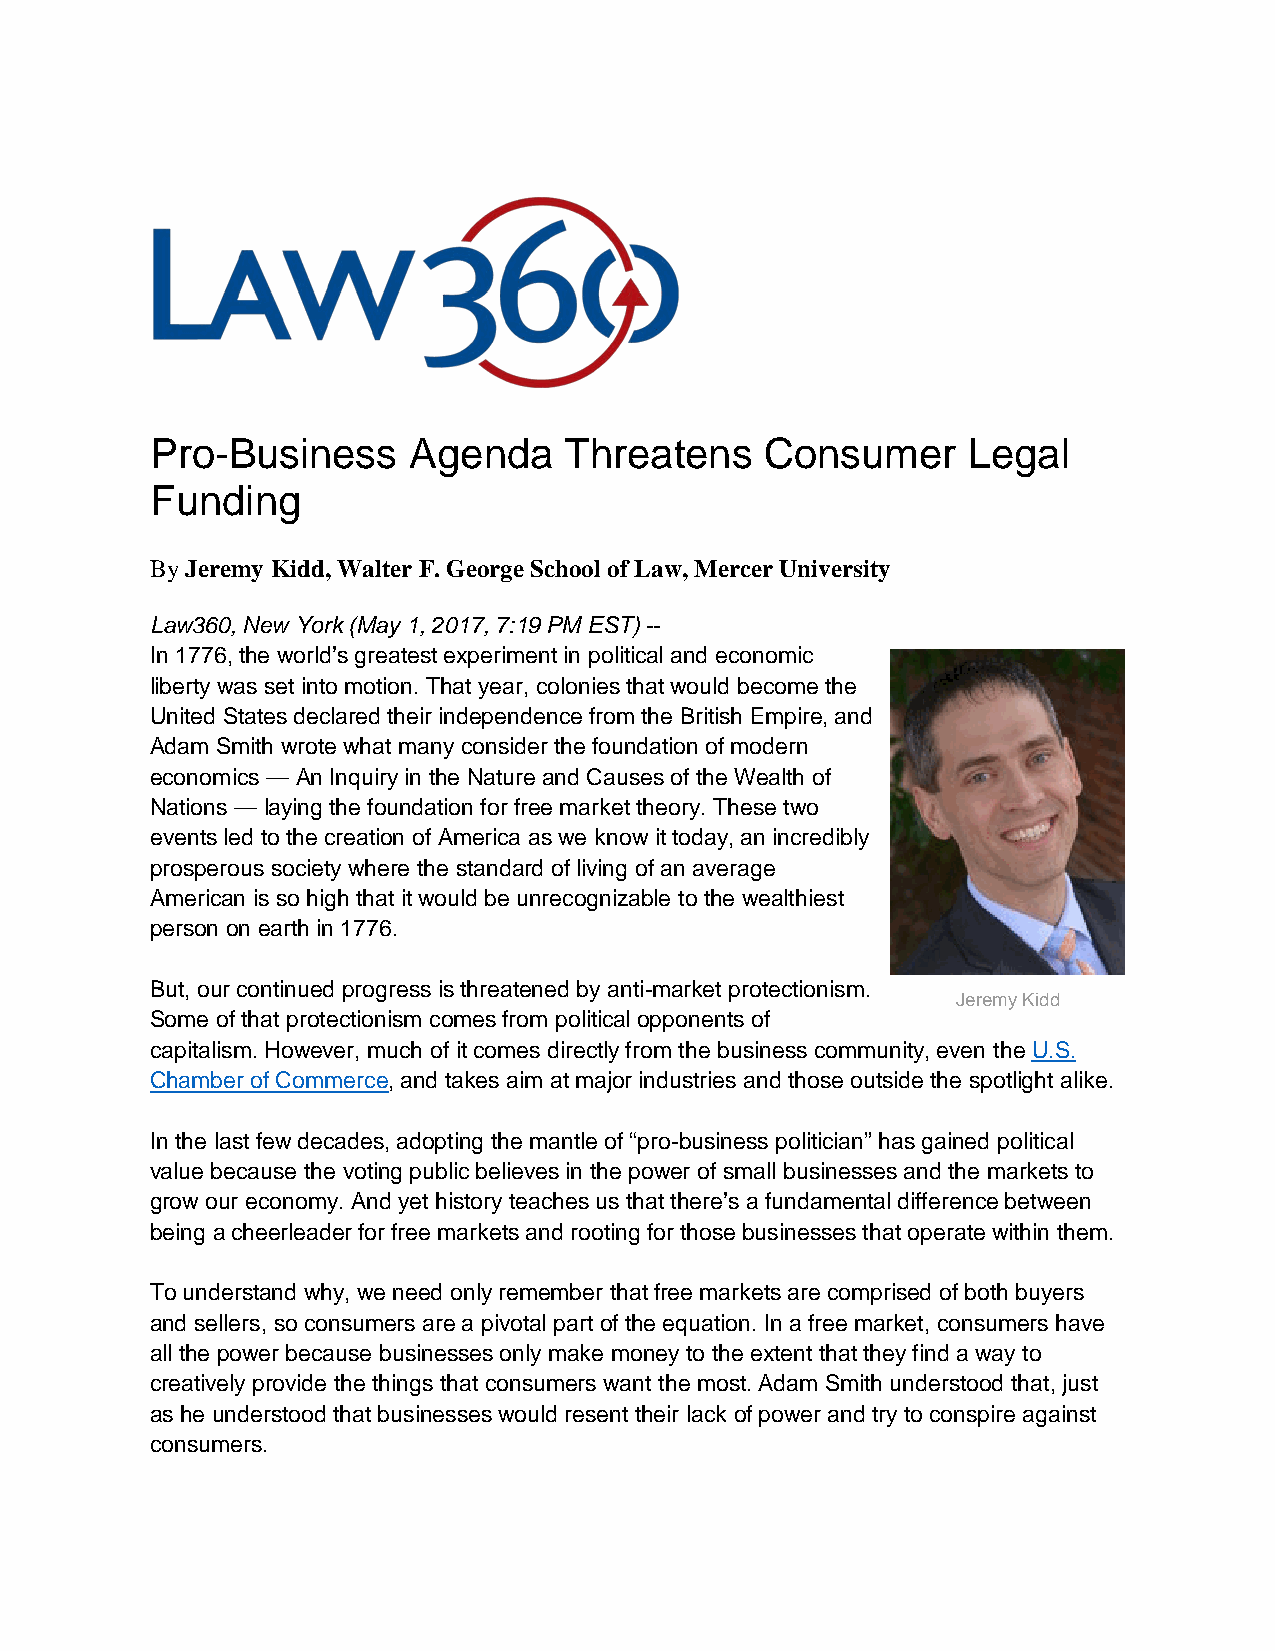
Pro-Business     Agenda    Threatens     Consumer     Legal
 Funding
 By Jeremy Kidd, Walter F. George School of Law, Mercer University
 Law360, New York (May 1, 2017, 7:19 PM EST) --
 In 1776, the world’s greatest experiment in political and economic
 liberty was set into motion. That year, colonies that would become the
 United States declared their independence from the British Empire, and
 Adam Smith wrote what many consider the foundation of modern
 economics — An Inquiry in the Nature and Causes of the Wealth of
 Nations — laying the foundation for free market theory. These two
 events led to the creation of America as we know it today, an incredibly
 prosperous society where the standard of living of an average
 American is so high that it would be unrecognizable to the wealthiest
 person on earth in 1776.
 But, our continued progress is threatened by anti-market protectionism.
 Jeremy Kidd
 Some of that protectionism comes from political opponents of
 capitalism. However, much of it comes directly from the business community, even the U.S.
 Chamber of Commerce, and takes aim at major industries and those outside the spotlight alike.
 In the last few decades, adopting the mantle of “pro-business politician” has gained political
 value because the voting public believes in the power of small businesses and the markets to
 grow our economy. And yet history teaches us that there’s a fundamental difference between
 being a cheerleader for free markets and rooting for those businesses that operate within them.
 To understand why, we need only remember that free markets are comprised of both buyers
 and sellers, so consumers are a pivotal part of the equation. In a free market, consumers have
 all the power because businesses only make money to the extent that they find a way to
 creatively provide the things that consumers want the most. Adam Smith understood that, just
 as he understood that businesses would resent their lack of power and try to conspire against
 consumers.